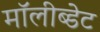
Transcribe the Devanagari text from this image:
मॉलीब्डेट